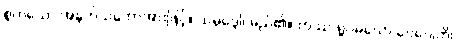
စွတ်သော အနက်သဘောအားဖြင့်။ သမုဒ္ဒေါ၊ မည်၏။ တဿ ရူပမယော ဝေဂေါတိ၊